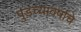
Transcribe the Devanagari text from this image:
पुडच्यावर्षाचे